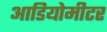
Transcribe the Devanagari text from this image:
आडियोमीटर